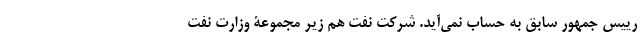
رییس جمهور سابق به حساب نمی‌آید. شرکت نفت هم زیر مجموعۀ وزارت نفت